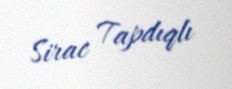
Sirac Tapdıqlı